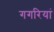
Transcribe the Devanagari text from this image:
गगरियां